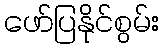
ဖော်ပြနိုင်စွမ်း